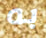
به